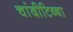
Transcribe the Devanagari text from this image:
चांदीटिब्बा